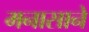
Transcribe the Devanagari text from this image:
मनासाने